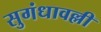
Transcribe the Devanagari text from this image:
सुगंधावल्ली